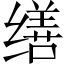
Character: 缮